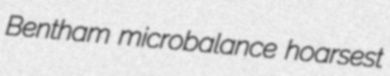
Bentham microbalance hoarsest